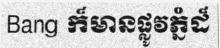
Bang ក៏មានផ្លូវភ្នំដ៏